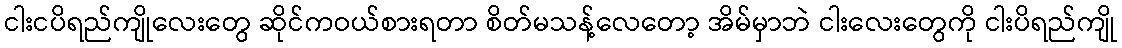
ငါးငပိရည်ကျိုလေးတွေ ဆိုင်ကဝယ်စားရတာ စိတ်မသန့်လေတော့ အိမ်မှာဘဲ ငါးလေးတွေကို ငါးပိရည်ကျို